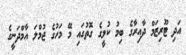
އަދި ޓޫރިޒަމް ދާއިރާގެ ބިމު ކުލީގެ ގޮތުގައި މޭ މަހުގެ ޖުމްލަ އާމްދަނީގެ